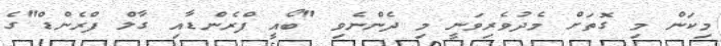
މިކަން މި ގޮތަށް މެދުވެރިވަނީ މި ދެންނެވި "ބޯއީ ފްރެންޑާއި ގާލް ފްރެންޑް"ގެ